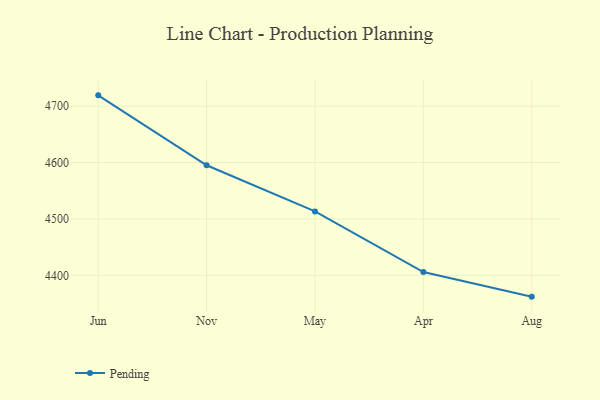
{"axis": {"x": "Month", "y": "Customer Acquisition Cost (USD)"}, "legend": ["Pending"], "data": [{"x": "Jun", "y": 4719.1, "type": "Pending"}, {"x": "Nov", "y": 4595.2, "type": "Pending"}, {"x": "May", "y": 4513.4, "type": "Pending"}, {"x": "Apr", "y": 4406.0, "type": "Pending"}, {"x": "Aug", "y": 4362.3, "type": "Pending"}]}